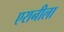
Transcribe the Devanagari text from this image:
एरानीला